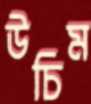
উচিম